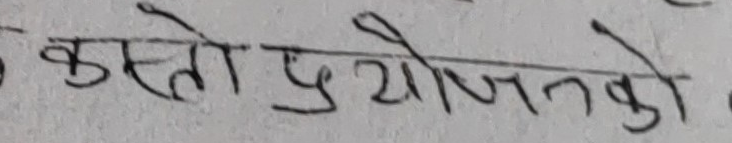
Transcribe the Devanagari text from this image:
कस्तो प्रयोजनको